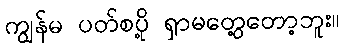
ကျွန်မ ပတ်စပို့ ရှာမတွေ့တော့ဘူး။